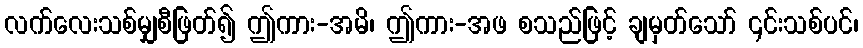
လက်လေးသစ်မျှစီဖြတ်၍ ဤကား-အမိ၊ ဤကား-အဖ စသည်ဖြင့် ချမှတ်သော် ၎င်းသစ်ပင်၊